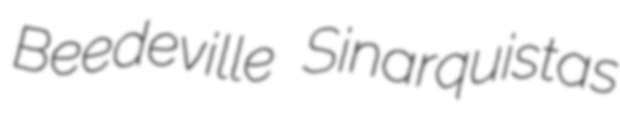
Beedeville Sinarquistas